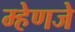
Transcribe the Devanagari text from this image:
म्हेणजे